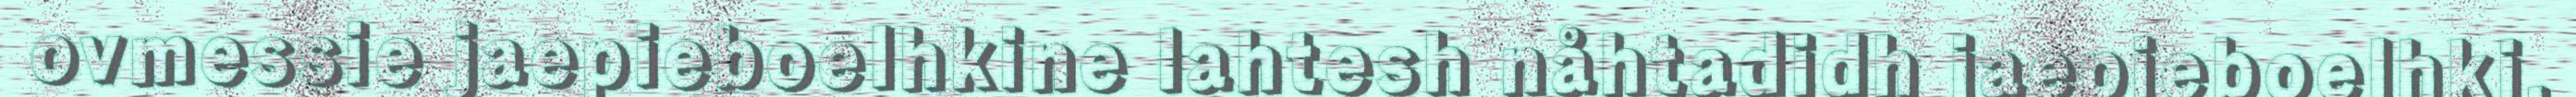
ovmessie jaepieboelhkine lahtesh nåhtadidh jaepieboelhki,